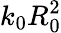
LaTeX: k_{0}R_{0}^{2}